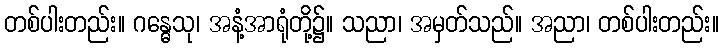
တစ်ပါးတည်း။ ဂန္ဓေသု၊ အနံ့အာရုံတို့၌။ သညာ၊ အမှတ်သည်။ အညာ၊ တစ်ပါးတည်း။